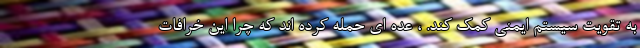
به تقویت سیستم ایمنی کمک کند. ، عده ای حمله کرده اند که چرا این خرافات